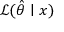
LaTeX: { \mathcal { L } } ( { \hat { \theta } } \mid x )